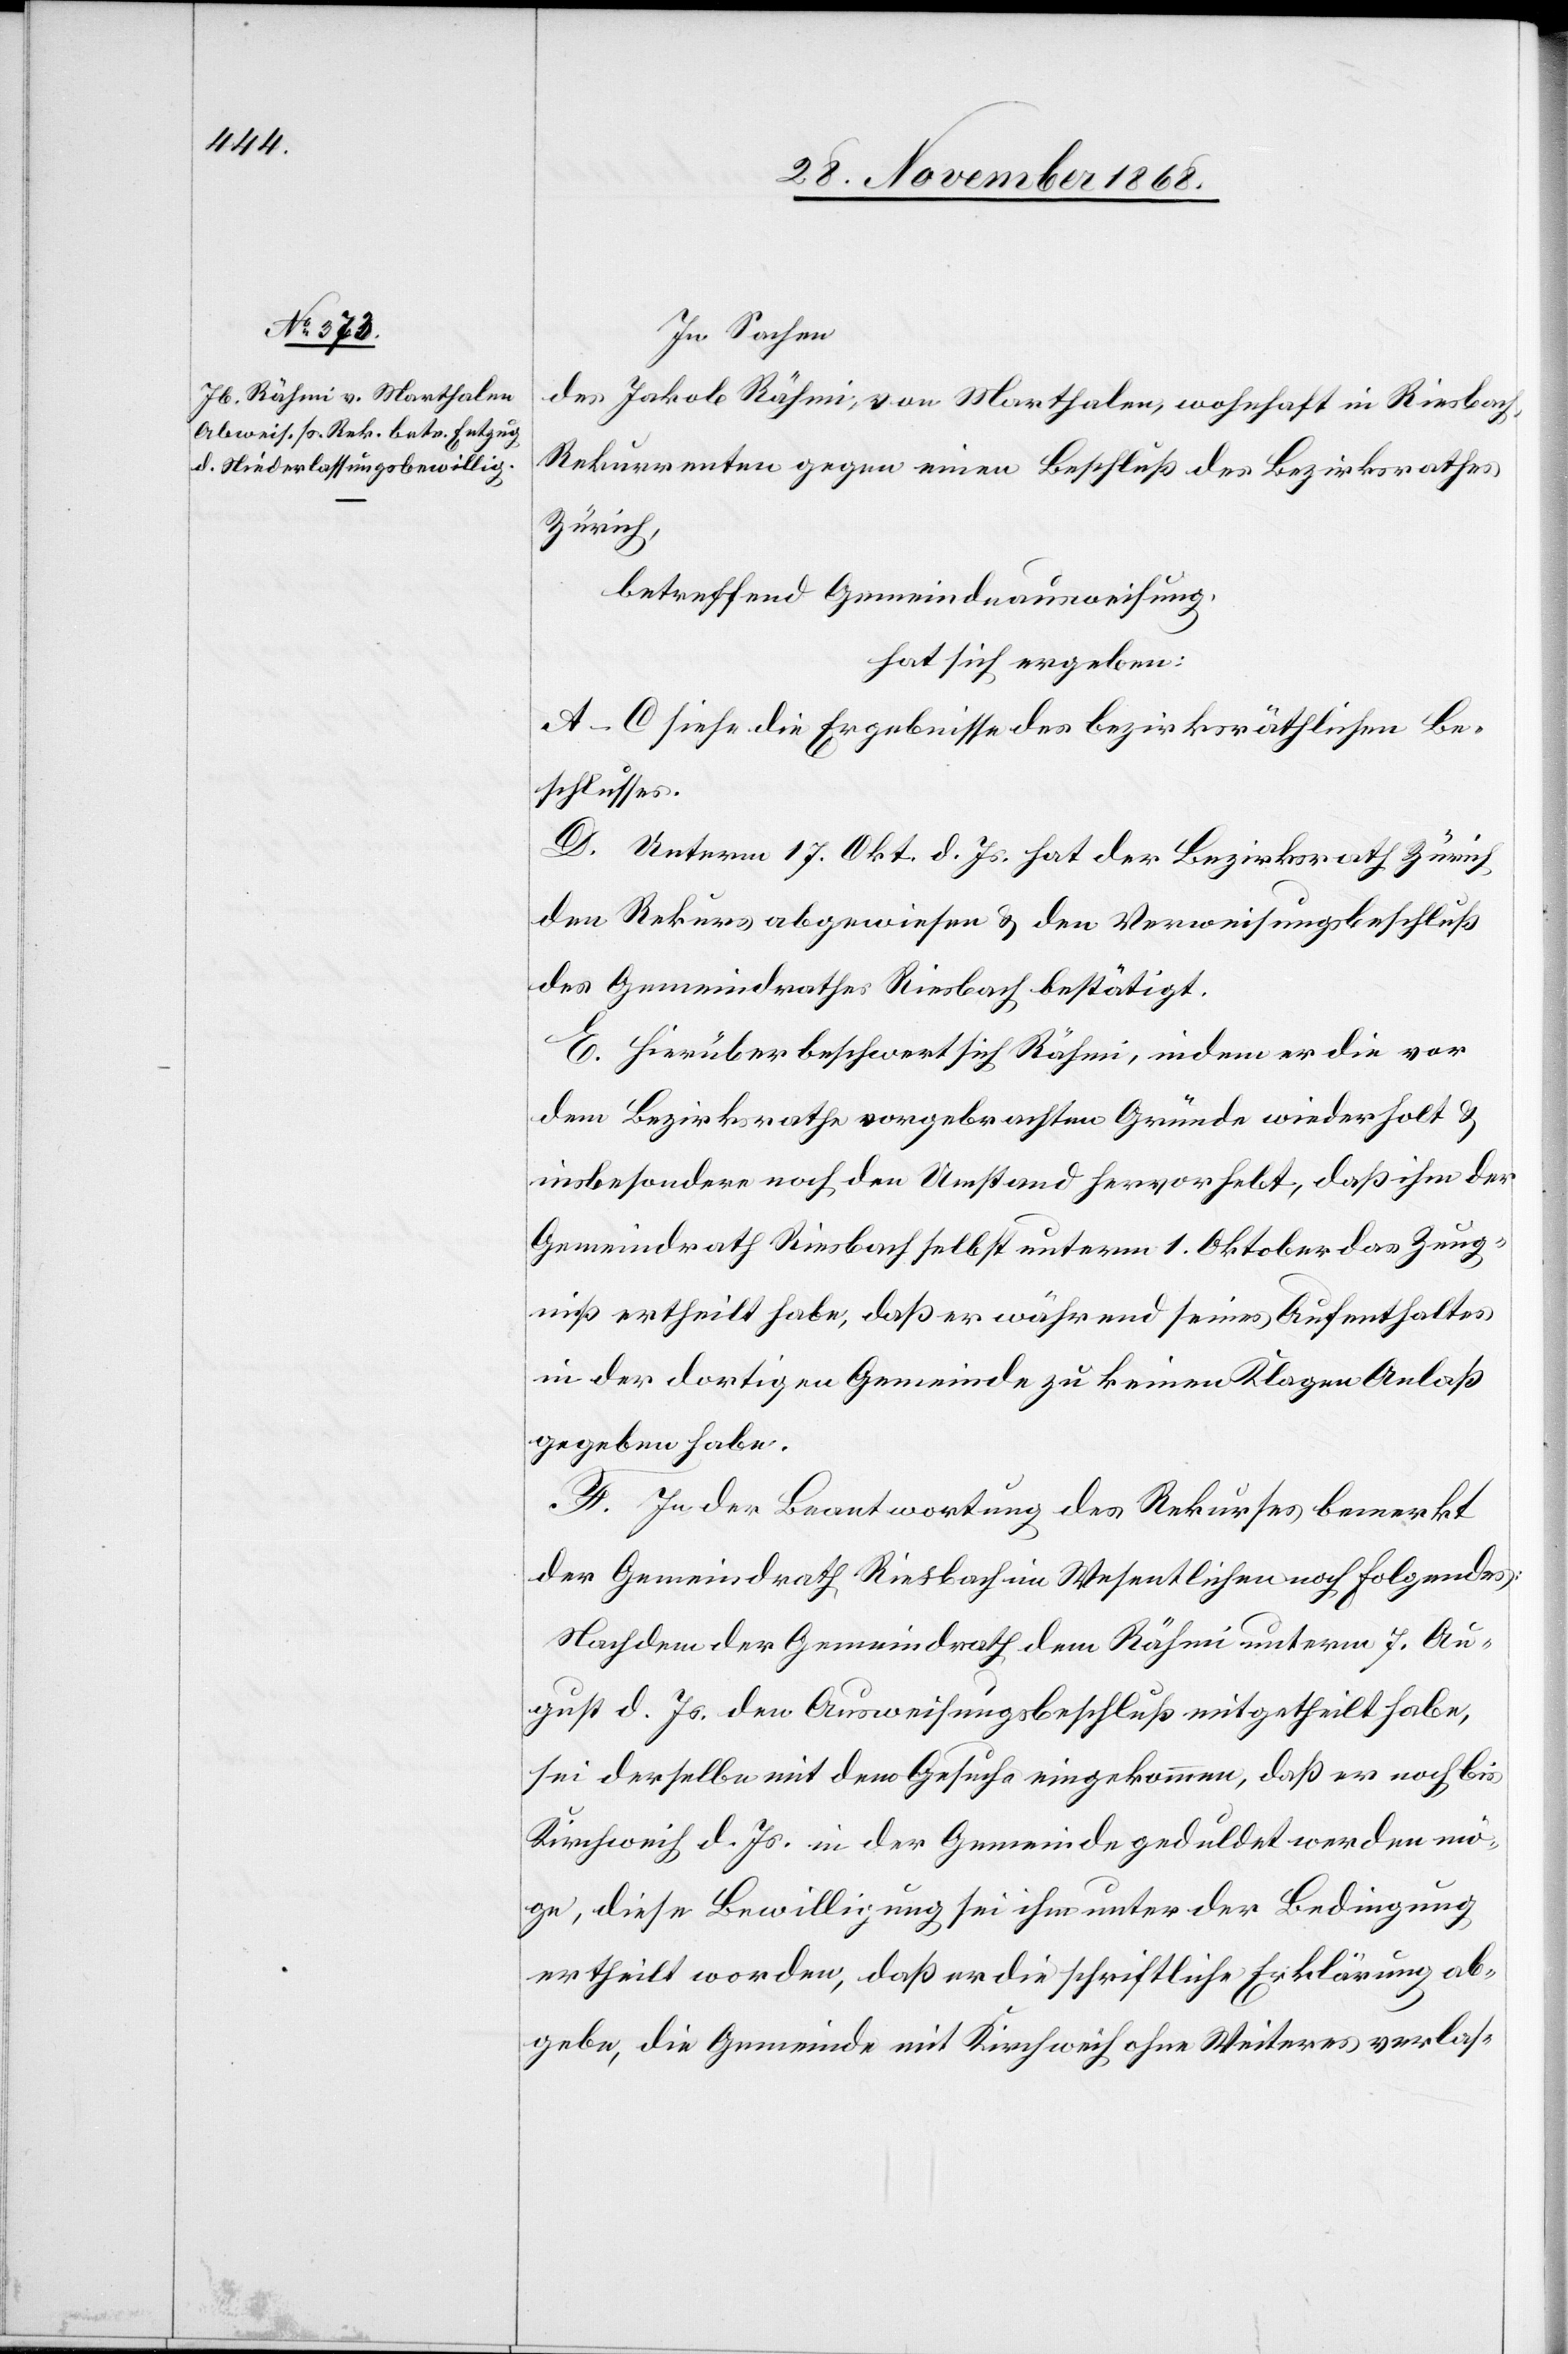
In Sachen
des Jakob Rähmi, von Marthalen, wohnhaft in Riesbach,
Rekurrenten gegen einen Beschluß des Bezirksrathes
Zürich,
betreffend Gemeindeausweisung,
hat sich ergeben:
A–C siehe die Ergebnisse des bezirksräthlichen Be¬
schlusses.
D. Unterm 17. Okt. d. Js. hat der Bezirksrath Zürich
den Rekurs abgewiesen & den Verweisungsbeschluß
des Gemeindrathes Riesbach bestätigt.
E. Hierüber beschwert sich Rähmi, indem er die vor
dem Bezirksrathe vorgebrachten Gründe wiederholt &
insbesondere noch den Umstand hervorhebt, daß ihm der
Gemeindrath Riesbach selbst unterm 1. Oktober das Zeug¬
niß ertheilt habe, daß er während seines Aufenthaltes
in der dortigen Gemeinde zu keinen Klagen Anlaß
gegeben habe.
F. In der Beantwortung des Rekurses bemerkt
der Gemeindrath Riesbach im Wesentlichen noch Folgendes:
Nachdem der Gemeindrath dem Rähmi unterm 7. Au¬
gust d. Js. den Ausweisungsbeschluß mitgetheilt habe,
sei derselbe mit dem Gesuche eingekommen, daß er noch bis
Kirchweih d. Js. in der Gemeinde geduldet werden mö¬
ge, diese Bewilligung sei ihm unter der Bedingung
ertheilt worden, daß er die schriftliche Erklärung ab¬
gebe, die Gemeinde mit Kirchweih ohne Weiteres verlas-